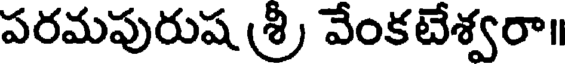
పరమపురుష శ్రీ వేంకటేశ్వరా